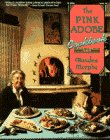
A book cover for Pink Adobe Cookbook, The; Rosalea Murphy; Cookbooks, Food & Wine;